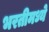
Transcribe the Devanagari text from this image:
भरतीमध्ये